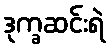
ဒုက္ခဆင်းရဲ